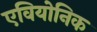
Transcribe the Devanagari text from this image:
एवियोनिक